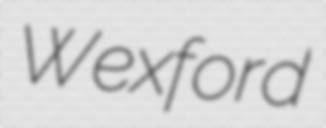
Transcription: Wexford